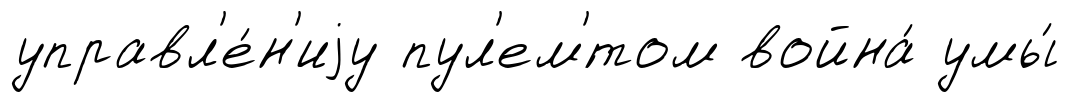
управл'е́н'иjу пул'ем'́том война́ умы́